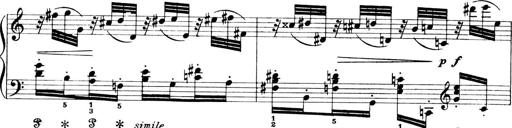
Title: 4 Sonatines
Composer: Max Reger